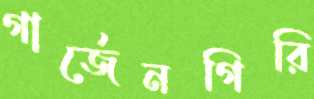
গার্জেনগিরি